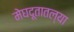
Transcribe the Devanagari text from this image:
मेघदूतातल्या